Leaving Certificate Examination (including Day School Certificate (Higher) General paper), 1939
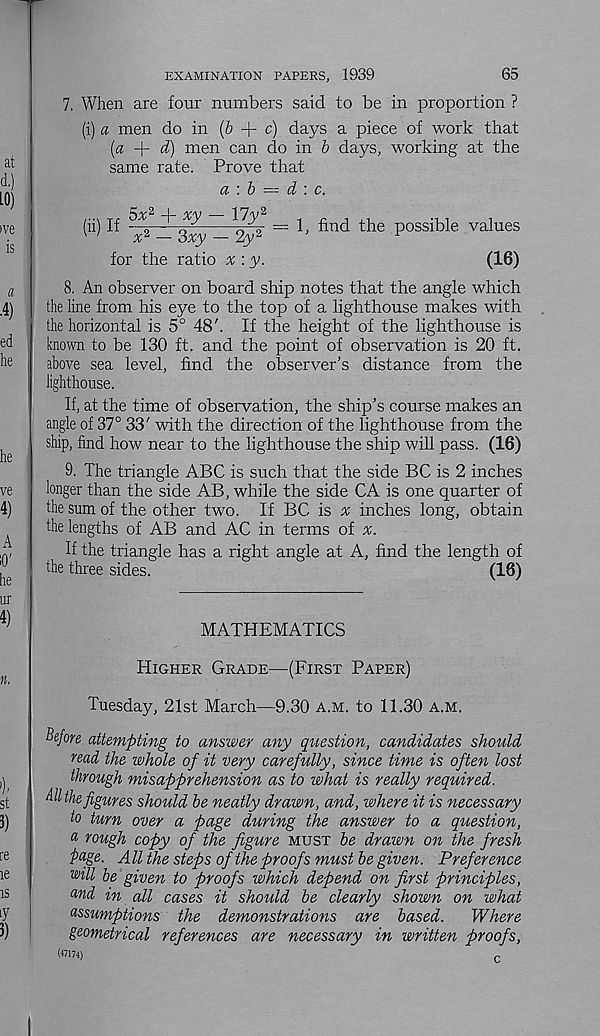
EXAMINATION PAPERS, 1939
65
7. When are four numbers said to be in proportion ?
(i) a men do in (& + c) days a piece of work that
[a + d) men can do in b days, working at the
same rate. Prove that
a : b = d : c.
(ii) If
^
—vpg- = 1, find the possible values
for the ratio % : y.
(16)
8. An observer on board ship notes that the angle which
the line from his eye to the top of a lighthouse makes with
the horizontal is 5° 48'. If the height of the lighthouse is
known to be 130 ft. and the point of observation is 20 ft.
above sea level, find the observer’s distance from the
lighthouse.
If, at the time of observation, the ship’s course makes an
angle of 37° 33’ with the direction of the lighthouse from the
ship, find how near to the lighthouse the ship will pass. (16)
9. The triangle ABC is such that the side BC is 2 inches
longer than the side AB, while the side CA is one quarter of
the sum of the other two. If BC is a; inches long, obtain
the lengths of AB and AC in terms of a;.
If the triangle has a right angle at A, find the length of
the three sides.
(18)
MATHEMATICS
Higher Grade—(First Paper)
Tuesday, 21st March—9.30 a.m. to 11.30 a.m.
Before attempting to answer any question, candidates should
read the whole of it very carefully, since time is often lost
through misapprehension as to what is really required.
All the figures should be neatly drawn, and, where it is necessary
to turn over a page during the answer to a question,
a rough copy of the figure must be drawn on the fresh
page. All the steps of the proofs must be given. Preference
will be given to proofs which depend on first principles,
and in all cases it should be clearly shown on what
assumptions the demonstrations are based.
Where
geometrical references are necessary in written proofs,
(47174)
C